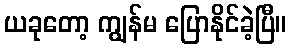
ယခုတော့ ကျွန်မ ပြောနိုင်ခဲ့ပြီ။